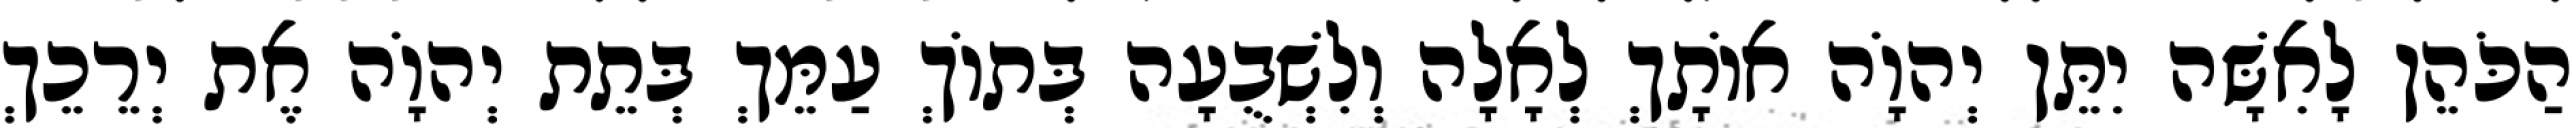
הַכֹּהֵן לָאִשָּׁה יִתֵּן יְהוָֹה אוֹתָךְ לְאָלָה וְלִשְׁבֻעָה בְּתוֹךְ עַמֵּךְ בְּתֵת יְהוָֹה אֶת יְרֵכֵךְ